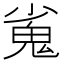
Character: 𮫝